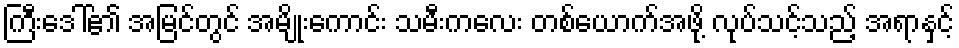
ကြီးဒေါ်၏ အမြင်တွင် အမျိုးကောင်း သမီးကလေး တစ်ယောက်အဖို့ လုပ်သင့်သည့် အရာနှင့်